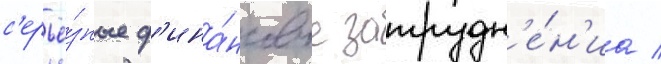
с'ерьё́зные ф'ина́нсовые затрудн'е́н'иа /